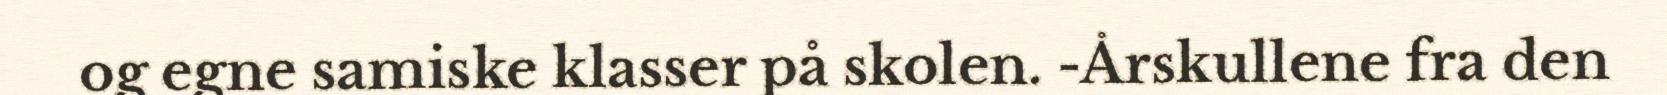
og egne samiske klasser på skolen. -Årskullene fra den